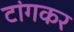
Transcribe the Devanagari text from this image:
टांगकर